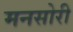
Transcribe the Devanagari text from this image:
मनसोरी